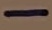
Text: -